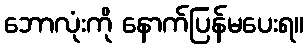
ဘောလုံးကို နောက်ပြန်မပေးရ။